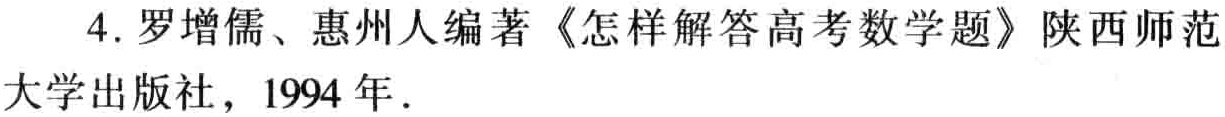
4. 罗增儒、惠州人编著《怎样解答高考数学题》陕西师范大学出版社，1994 年.